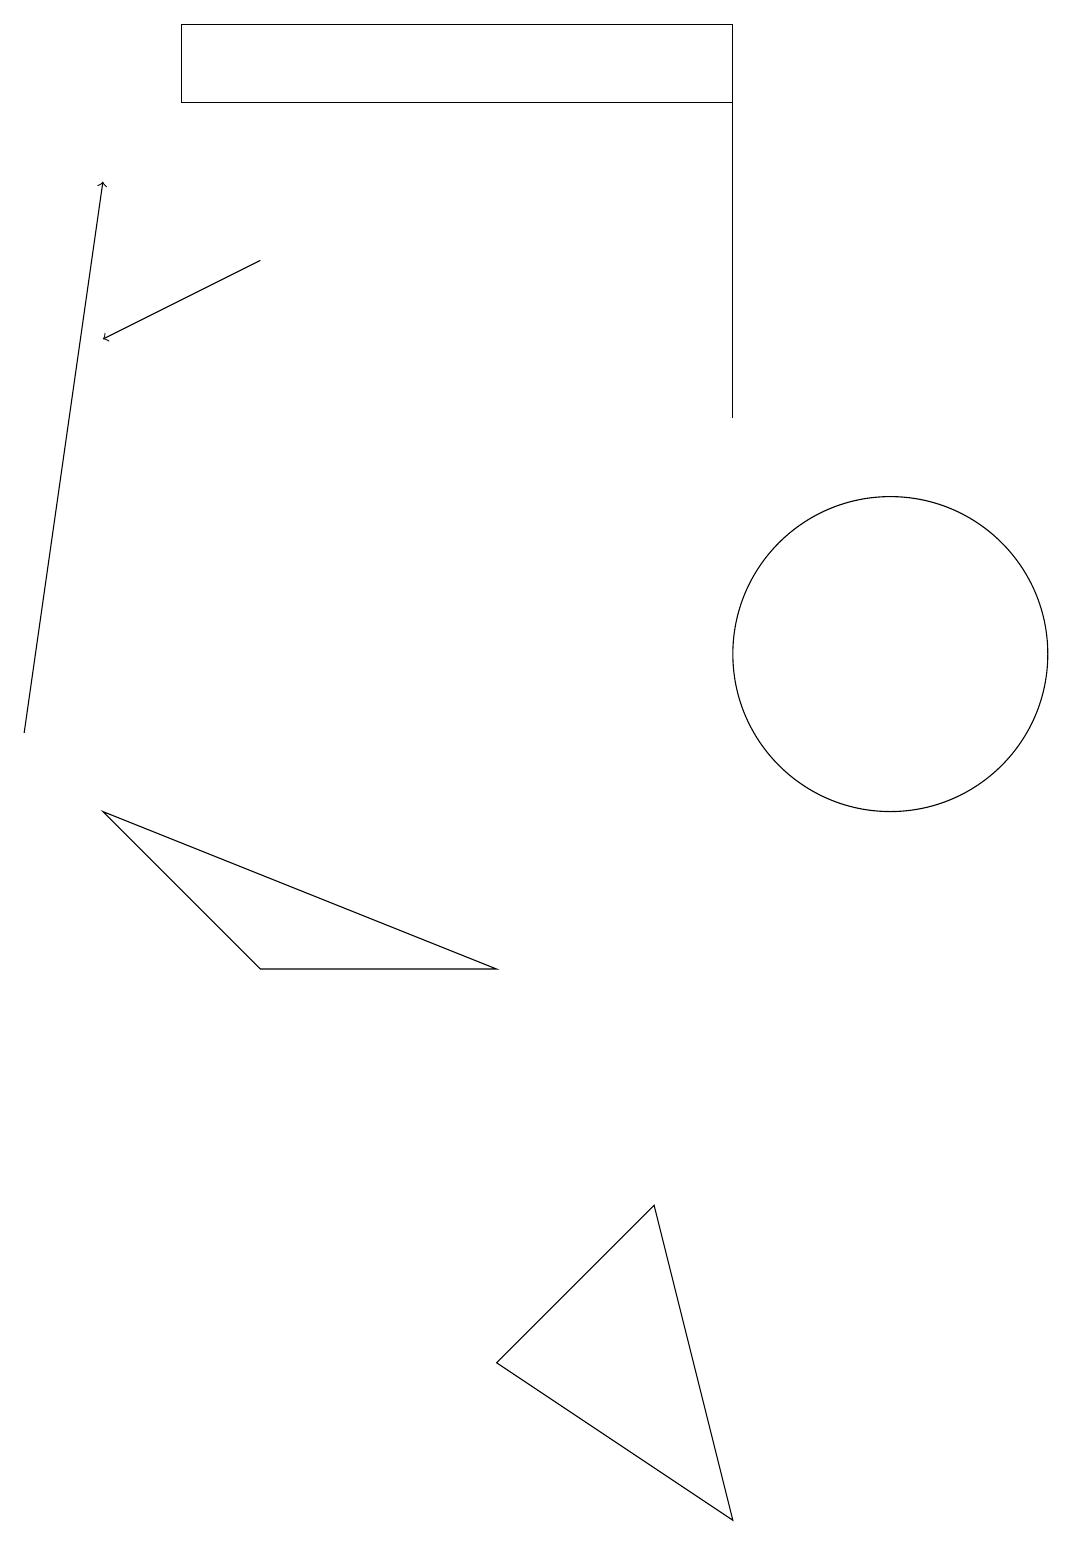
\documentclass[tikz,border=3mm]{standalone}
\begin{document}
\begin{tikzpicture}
\draw (8,4) -- (9,0) -- (6,2) -- cycle;
\draw (9,19) rectangle (9,14);
\draw[->] (0,10) -- (1,17);
\draw (9,19) rectangle (2,18);
\draw (9,14) rectangle (9,15);
\draw (3,7) -- (6,7) -- (1,9) -- cycle;
\draw (11,11) circle (2);
\draw[->] (3,16) -- (1,15);
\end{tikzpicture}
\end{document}